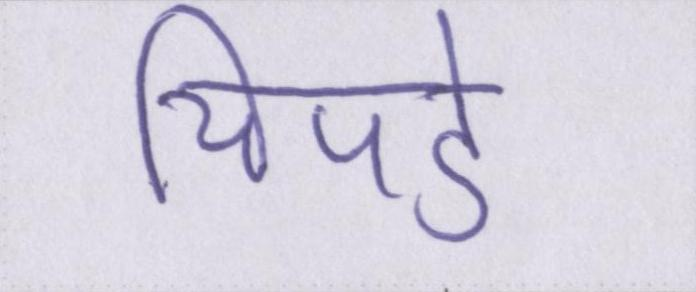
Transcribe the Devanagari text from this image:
चिपडे